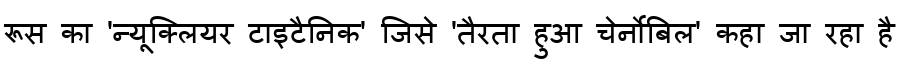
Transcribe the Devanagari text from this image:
रूस का 'न्यूक्लियर टाइटैनिक' जिसे 'तैरता हुआ चेर्नोबिल' कहा जा रहा है